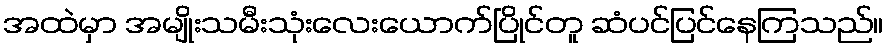
အထဲမှာ အမျိုးသမီးသုံးလေးယောက်ပြိုင်တူ ဆံပင်ပြင်နေကြသည်။